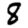
Digit: 8